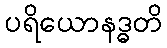
ပရိယောနဒ္ဓတိ